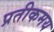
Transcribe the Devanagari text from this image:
प्रतीकमय